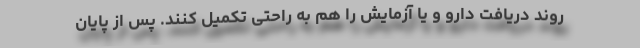
روند دریافت دارو و یا آزمایش را هم به راحتی تکمیل کنند. پس از پایان